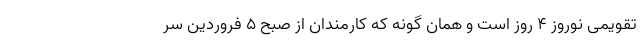
تقویمی نوروز 4 روز است و همان گونه که کارمندان از صبح 5 فروردین سر